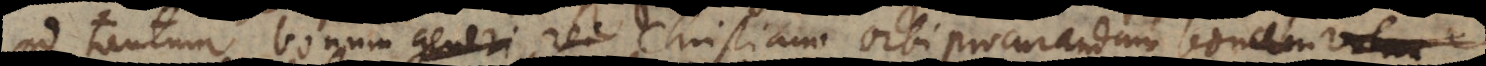
ad tantum bonum generi rei Christiano orbi procurandum bonam